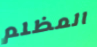
المظلم